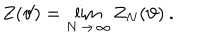
Z ( \vartheta ) = \lim _ { N \, \rightarrow \, \infty } Z _ { N } ( \vartheta ) \: .